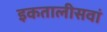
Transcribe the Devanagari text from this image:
इकतालीसवां